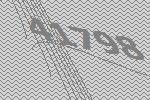
41798